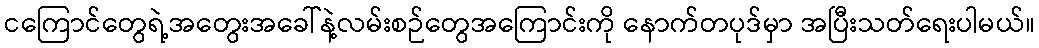
ငကြောင်တွေရဲ့အတွေးအခေါ်နဲ့လမ်းစဉ်တွေအကြောင်းကို နောက်တပုဒ်မှာ အပြီးသတ်ရေးပါမယ်။